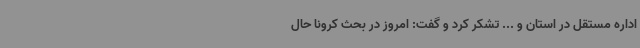
اداره مستقل در استان و ... تشکر کرد و گفت: امروز در بحث کرونا حال